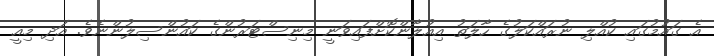
އެ ގައުމުގައި ކުއްލި ނުރައްކަލުގެ ހާލަތު އިއުލާންކޮޮށްފައިވަނީ މިނިސްޓަރުންގެ ކައުންސިލުންނެވެ. އަދި މިއީ